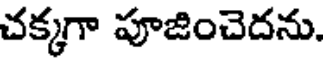
చక్కగా పూజించెదను.